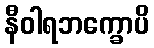
နီဝါရဘက္ခောပိ